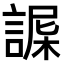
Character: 𧩴